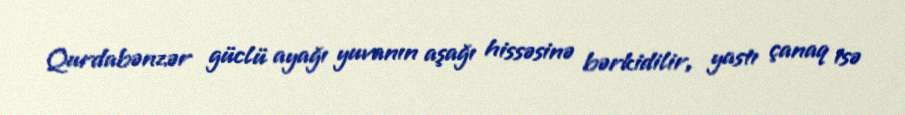
Qurdabənzər güclü ayağı yuvanın aşağı hissəsinə bərkidilir, yastı çanaq isə